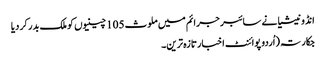
انڈونیشیا نے سائبر جرائم میں ملوث 105 چینیوں کو ملک بدر کر دیا
جکارتہ (اُردو پوائنٹ اخبارتازہ ترین۔